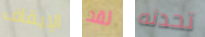
الإيقاف لقد تحدثه